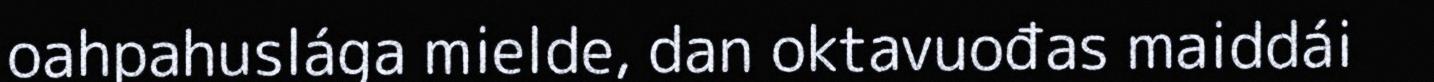
oahpahuslága mielde, dan oktavuođas maiddái